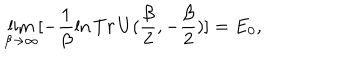
\lim _ { \beta \to \infty } [ - \frac { 1 } { \beta } \ln T r \, U ( \frac { \beta } { 2 } , - \frac { \beta } { 2 } ) ] = E _ { 0 } ,